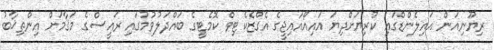
ރިޔޫނިއަން އައިލެންޑްގައި ކުރިޔަށްދިޔަ އައިއޯއައިޖީގެ އެގްޒެކެޓިވް ކޮމެޓީގެ ބައްދަލުވުމުގައި ރައީސްގެ މަޤާމަށް އިންތިޚާބު